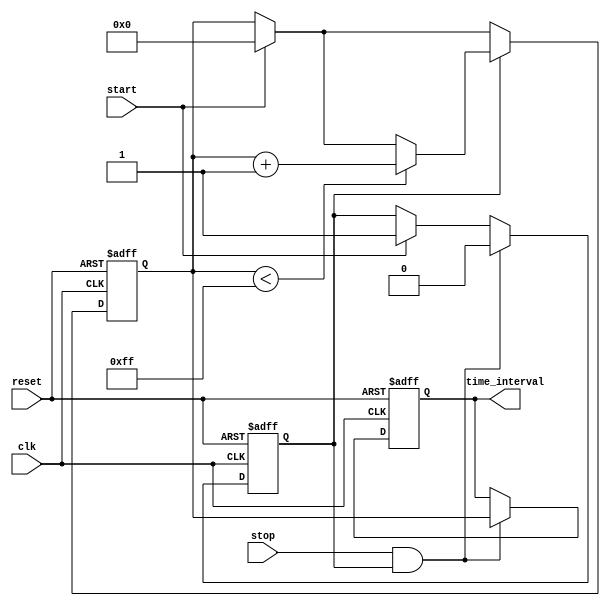
module TDC (
    input wire clk,         // Clock signal
    input wire start,       // Start signal
    input wire stop,        // Stop signal
    input wire reset,       // Reset signal
    output reg [N-1:0] time_interval // Digital output (N-bit)
);

parameter N = 8; // Number of bits for output (determines resolution)
parameter DELAY_COUNT = 16; // Number of delay elements in delay line

// Delay line - can be implemented using registers or actual delay elements
reg [DELAY_COUNT-1:0] delay_line;
reg [N-1:0] counter;

// State variables
reg measuring; // Indicates if we are currently measuring

// Initialize
always @(posedge clk or posedge reset) begin
    if (reset) begin
        measuring <= 0;
        time_interval <= 0;
        delay_line <= 0;
        counter <= 0;
    end else begin
        if (start) begin
            measuring <= 1; // Start measuring
            counter <= 0;   // Reset counter
            delay_line <= 0; // Clear delay line
        end

        if (measuring) begin
            // Shift delay line to simulate delay elements
            delay_line <= {delay_line[DELAY_COUNT-2:0], 1'b1}; // Shift in new delay
            if (counter < (1 << N) - 1) begin
                counter <= counter + 1; // Increment counter
            end
        end

        if (stop && measuring) begin
            // Capture the time interval when stop signal is received
            time_interval <= counter; // Output the measured time interval
            measuring <= 0; // Stop measuring
        end
    end
end

endmodule